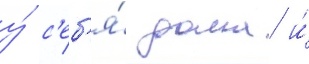
у́ с'еб'я́ дома и́